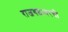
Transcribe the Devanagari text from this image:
राजगडावरची